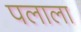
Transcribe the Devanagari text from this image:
पलाला